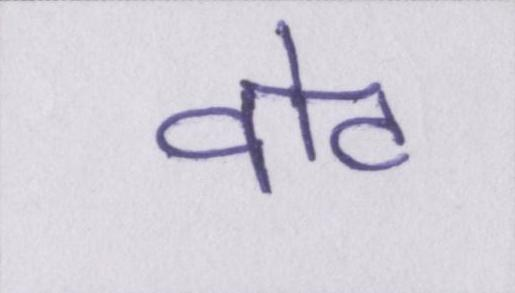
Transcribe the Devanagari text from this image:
वोट